Annual report on the working of the lock hospitals in the North-Western Provinces and Oudh
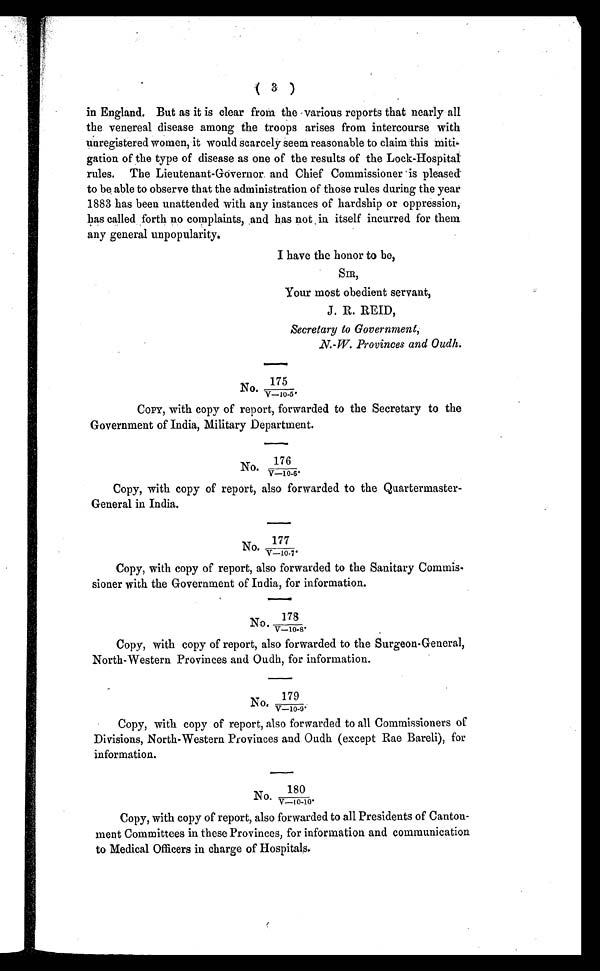
( 3 )
in England. But as it is clear from the various reports that nearly all
the venereal disease among the troops arises from intercourse with
unregistered women, it would scarcely seem reasonable to claim this miti-
gation of the type of disease as one of the results of the Lock-Hospital
rules. The Lieutenant-Governor, and Chief Commissioner is pleased
to be able to observe that the administration of those rules during the year
1883 has been unattended with any instances of hardship or oppression,
has called forth no complaints, and bas not in itself incurred for them.
any general unpopularity.
I have the honor to be,
SIR,
Your most obedient servant,
J. R. REID,
Secretary to Government,
N. W. Provinces and Oudh.
No.
175
/V—10-5.
COPY, with copy of report, forwarded to the Secretary to the
Government of India, Military Department.
No.
1 7 6 / V — 1 0 - 6 .
Copy, with copy of report, also forwarded to the Quartermaster-
General in India.
No. 177/V—10-7.
Copy, with copy of report, also forwarded to the Sanitary Commis
sioner with the Government of India, for information.
No. 178/V—10-8.
C Copy, with copy of report, also forwarded to the Surgeon-General,
North-Western Provinces and Oudh, for information.
No.179
/ V — 1 0 - 9
.
Copy, with copy of report, also forwarded to all Commissioners of
Divisions, North-Western Provinces and Oudh (except Rae Bareli), for
information.
N o . 1 8 0
/ V — 1 0 - 1 0 .
C Copy, with copy of report, also forwarded to all Presidents of Canton-
ment Committees in these Provinces, for information and communication
to Medical Officers in charge of Hospitals.